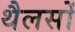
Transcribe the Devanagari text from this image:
थैलसों